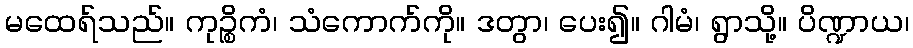
မထေရ်သည်။ ကုဉ္စိကံ၊ သံကောက်ကို။ ဒတွာ၊ ပေး၍။ ဂါမံ၊ ရွာသို့။ ပိဏ္ဍာယ၊